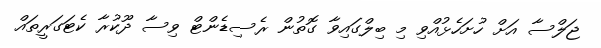
ޖަލްސާ އަށް ހުށަހެޅުއްވި މި ބިލްގައިވާ ގޮތުން ރެސިޑެންޓް ވިސާ ދޫކުރާ ކެޓަގަރީތައް